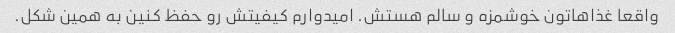
واقعا غذاهاتون خوشمزه و سالم هستش. امیدوارم کیفیتش رو حفظ کنین به همین شکل.